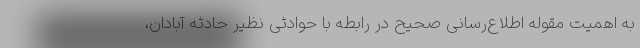
به اهمیت مقوله اطلاع‌رسانی صحیح در رابطه با حوادثی نظیر حادثه آبادان،